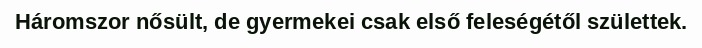
Háromszor nősült, de gyermekei csak első feleségétől születtek.